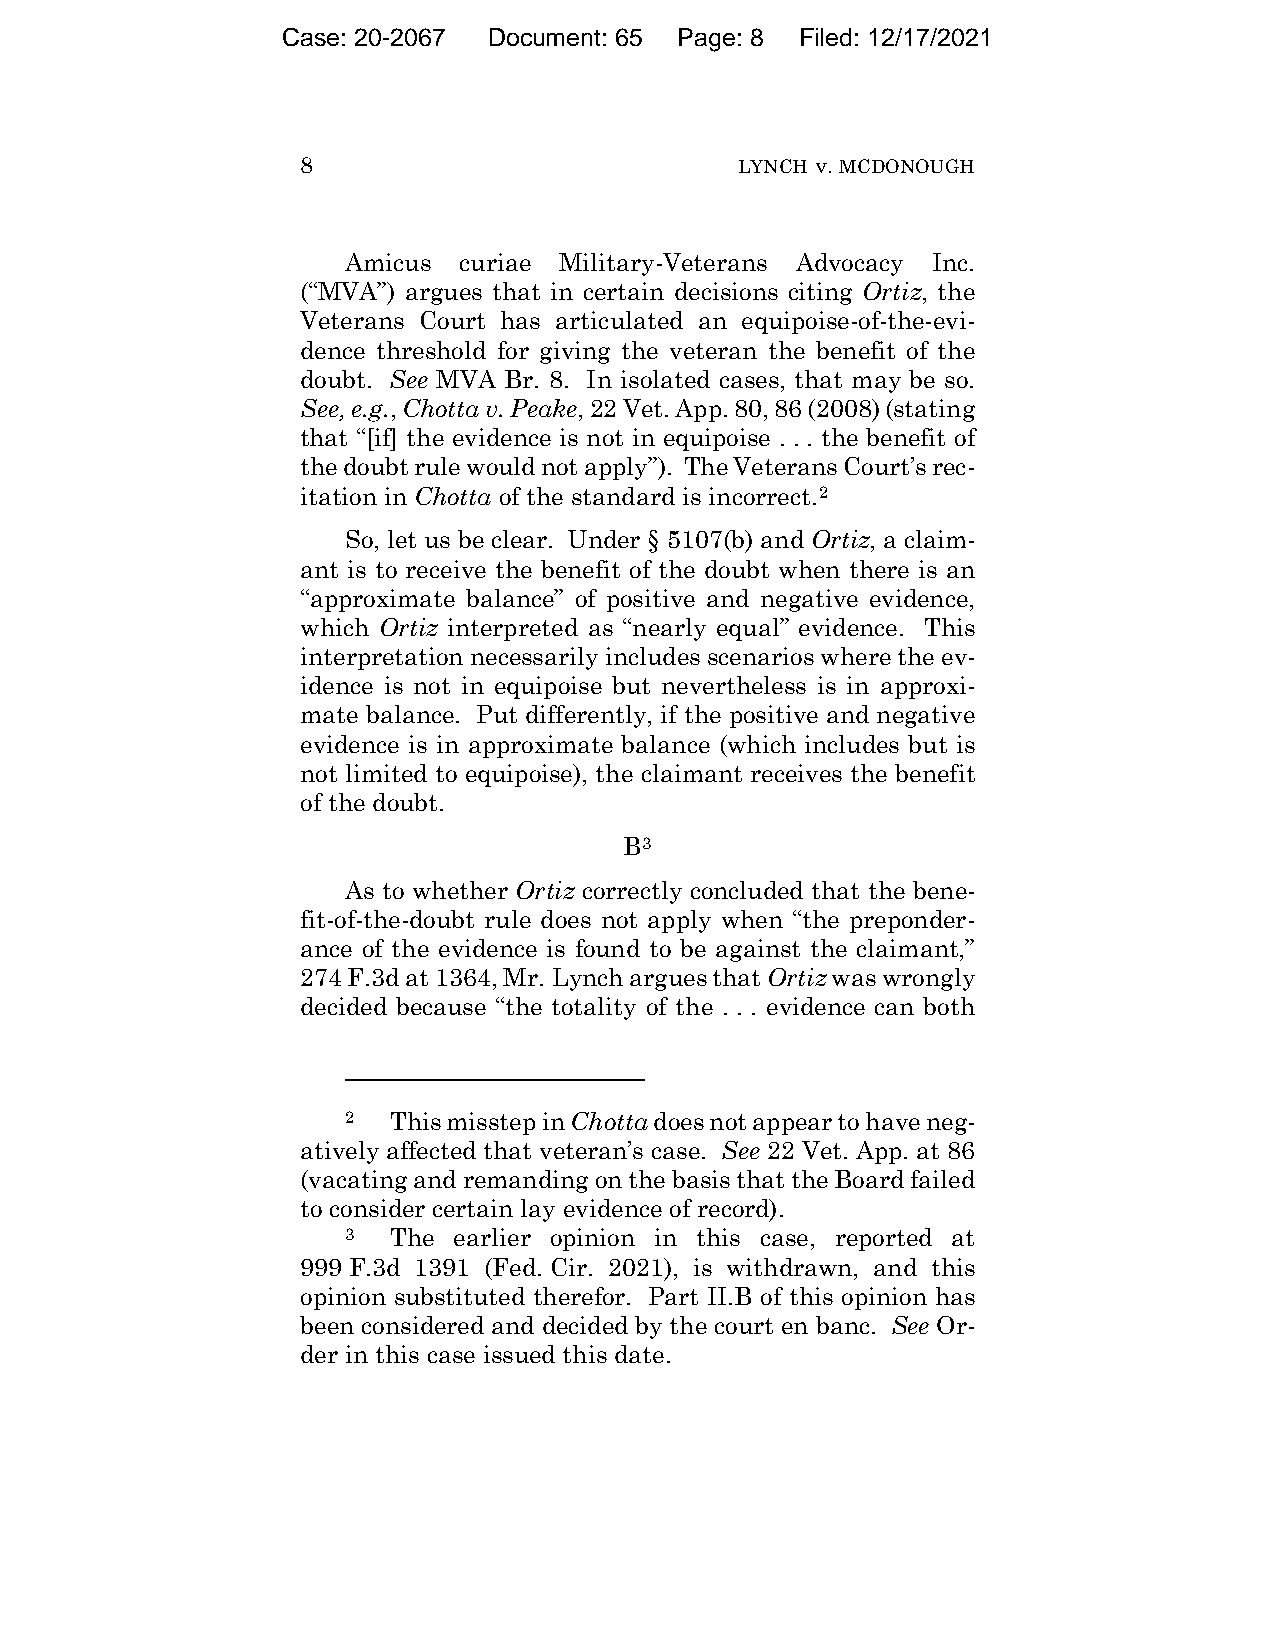
Case: 20-2067 Document: 65 Page: 8 Filed: 12/17/2021
 8                            LYNCH v. MCDONOUGH
 Amicus curiae Military-Veterans Advocacy Inc.
 (“MVA”) argues that in certain decisions citing Ortiz, the
 Veterans Court has articulated an equipoise-of-the-evi-
 dence threshold for giving the veteran the benefit of the
 doubt. See MVA Br. 8. In isolated cases, that may be so.
 See, e.g., Chotta v. Peake, 22 Vet. App. 80, 86 (2008) (stating
 that “[if] the evidence is not in equipoise . . . the benefit of
 the doubt rule would not apply”). The Veterans Court’s rec-
 itation in Chotta of the standard is incorrect.2
 So, let us be clear. Under § 5107(b) and Ortiz, a claim-
 ant is to receive the benefit of the doubt when there is an
 “approximate balance” of positive and negative evidence,
 which Ortiz interpreted as “nearly equal” evidence. This
 interpretation necessarily includes scenarios where the ev-
 idence is not in equipoise but nevertheless is in approxi-
 mate balance. Put differently, if the positive and negative
 evidence is in approximate balance (which includes but is
 not limited to equipoise), the claimant receives the benefit
 of the doubt.
 B3
 As to whether Ortiz correctly concluded that the bene-
 fit-of-the-doubt rule does not apply when “the preponder-
 ance of the evidence is found to be against the claimant,”
 274 F.3d at 1364, Mr. Lynch argues that Ortiz was wrongly
 decided because “the totality of the . . . evidence can both
 2  This misstep in Chotta does not appear to have neg-
 atively affected that veteran’s case. See 22 Vet. App. at 86
 (vacating and remanding on the basis that the Board failed
 to consider certain lay evidence of record).
 3  The earlier opinion in this case, reported at
 999 F.3d 1391 (Fed. Cir. 2021), is withdrawn, and this
 opinion substituted therefor. Part II.B of this opinion has
 been considered and decided by the court en banc. See Or-
 der in this case issued this date.